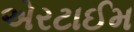
એરટાઈમ